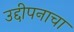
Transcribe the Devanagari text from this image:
उद्दीपनाचा